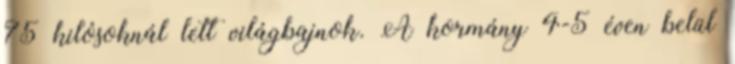
75 kilósoknál lett világbajnok. A kormány 4-5 éven belül